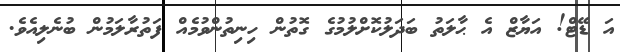
އަ ޑޭޓް! އަޔާޒް އެ ޙާލަތު ބަދަލުކޮށްލުމުގެ ގޮތުން ހިނިތުންވުމެއް ފަތުރާލަމުން ބުނެލިއެވެ.